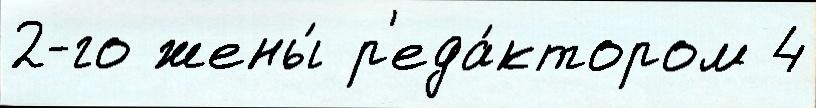
2-го жены́ р'еда́ктором 4